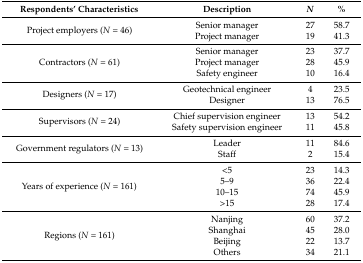
<table><thead><tr><td><b>Respondents’ Characteristics</b></td><td><b>Description</b></td><td><b><i>N</i></b></td><td><b>%</b></td></tr></thead><tbody><tr><td rowspan="2">Project employers (<i>N</i> = 46)</td><td>Senior manager</td><td>27</td><td>58.7</td></tr><tr><td>Project manager</td><td>19</td><td>41.3</td></tr><tr><td rowspan="3">Contractors (<i>N</i> = 61)</td><td>Senior manager</td><td>23</td><td>37.7</td></tr><tr><td>Project manager</td><td>28</td><td>45.9</td></tr><tr><td>Safety engineer</td><td>10</td><td>16.4</td></tr><tr><td rowspan="2">Designers (<i>N</i> = 17)</td><td>Geotechnical engineer</td><td>4</td><td>23.5</td></tr><tr><td>Designer</td><td>13</td><td>76.5</td></tr><tr><td rowspan="2">Supervisors (<i>N</i> = 24)</td><td>Chief supervision engineer</td><td>13</td><td>54.2</td></tr><tr><td>Safety supervision engineer</td><td>11</td><td>45.8</td></tr><tr><td rowspan="2">Government regulators (<i>N</i> = 13)</td><td>Leader</td><td>11</td><td>84.6</td></tr><tr><td>Staff</td><td>2</td><td>15.4</td></tr><tr><td rowspan="4">Years of experience (<i>N</i> = 161)</td><td>&lt;5</td><td>23</td><td>14.3</td></tr><tr><td>5–9</td><td>36</td><td>22.4</td></tr><tr><td>10–15</td><td>74</td><td>45.9</td></tr><tr><td>&gt;15</td><td>28</td><td>17.4</td></tr><tr><td rowspan="4">Regions (<i>N</i> = 161)</td><td>Nanjing</td><td>60</td><td>37.2</td></tr><tr><td>Shanghai</td><td>45</td><td>28.0</td></tr><tr><td>Beijing</td><td>22</td><td>13.7</td></tr><tr><td>Others</td><td>34</td><td>21.1</td></tr></tbody></table>